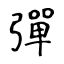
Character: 彈